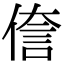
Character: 𫣄